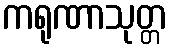
ကရုဏာသုတ္တ